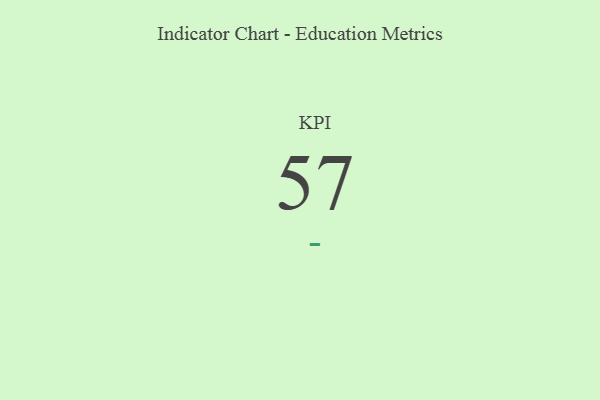
{"axis": {"x": "KPI", "y": "Value"}, "legend": [""], "data": [{"x": "KPI", "y": 57, "type": ""}]}